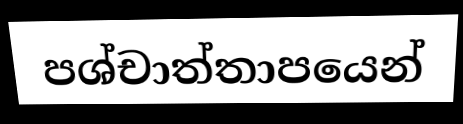
පශ්චාත්තාපයෙන්